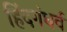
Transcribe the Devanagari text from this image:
हिंदगंधर्व